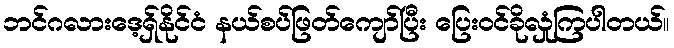
ဘင်ဂလားဒေ့ရှ်နိုင်ငံ နယ်စပ်ဖြတ်ကျော်ပြီး ပြေးဝင်ခိုလှုံကြပါတယ်။